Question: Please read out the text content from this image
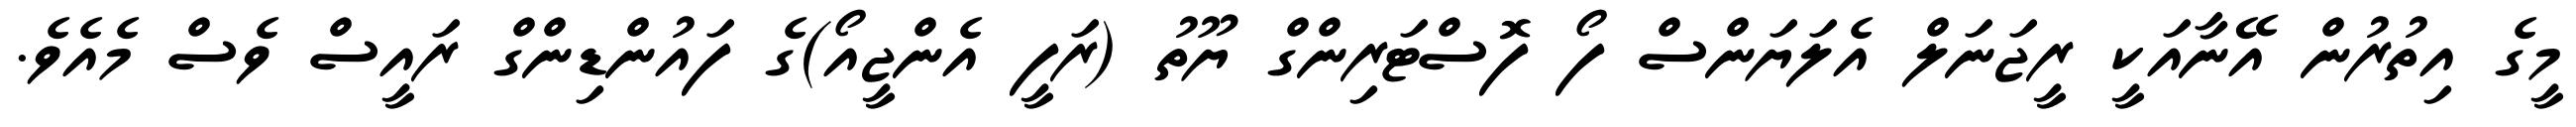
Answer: މީގެ އިތުރުން އޭނާއަކީ ރީޖަނަލް އެލަޔަންސް ފޯ ފޮސްޓަރިންގް ޔޫތު (ރަފީ އެންޖީއޯ)ގެ ފައުންޑިންގް ރައީސް ވެސް މެއެވެ.